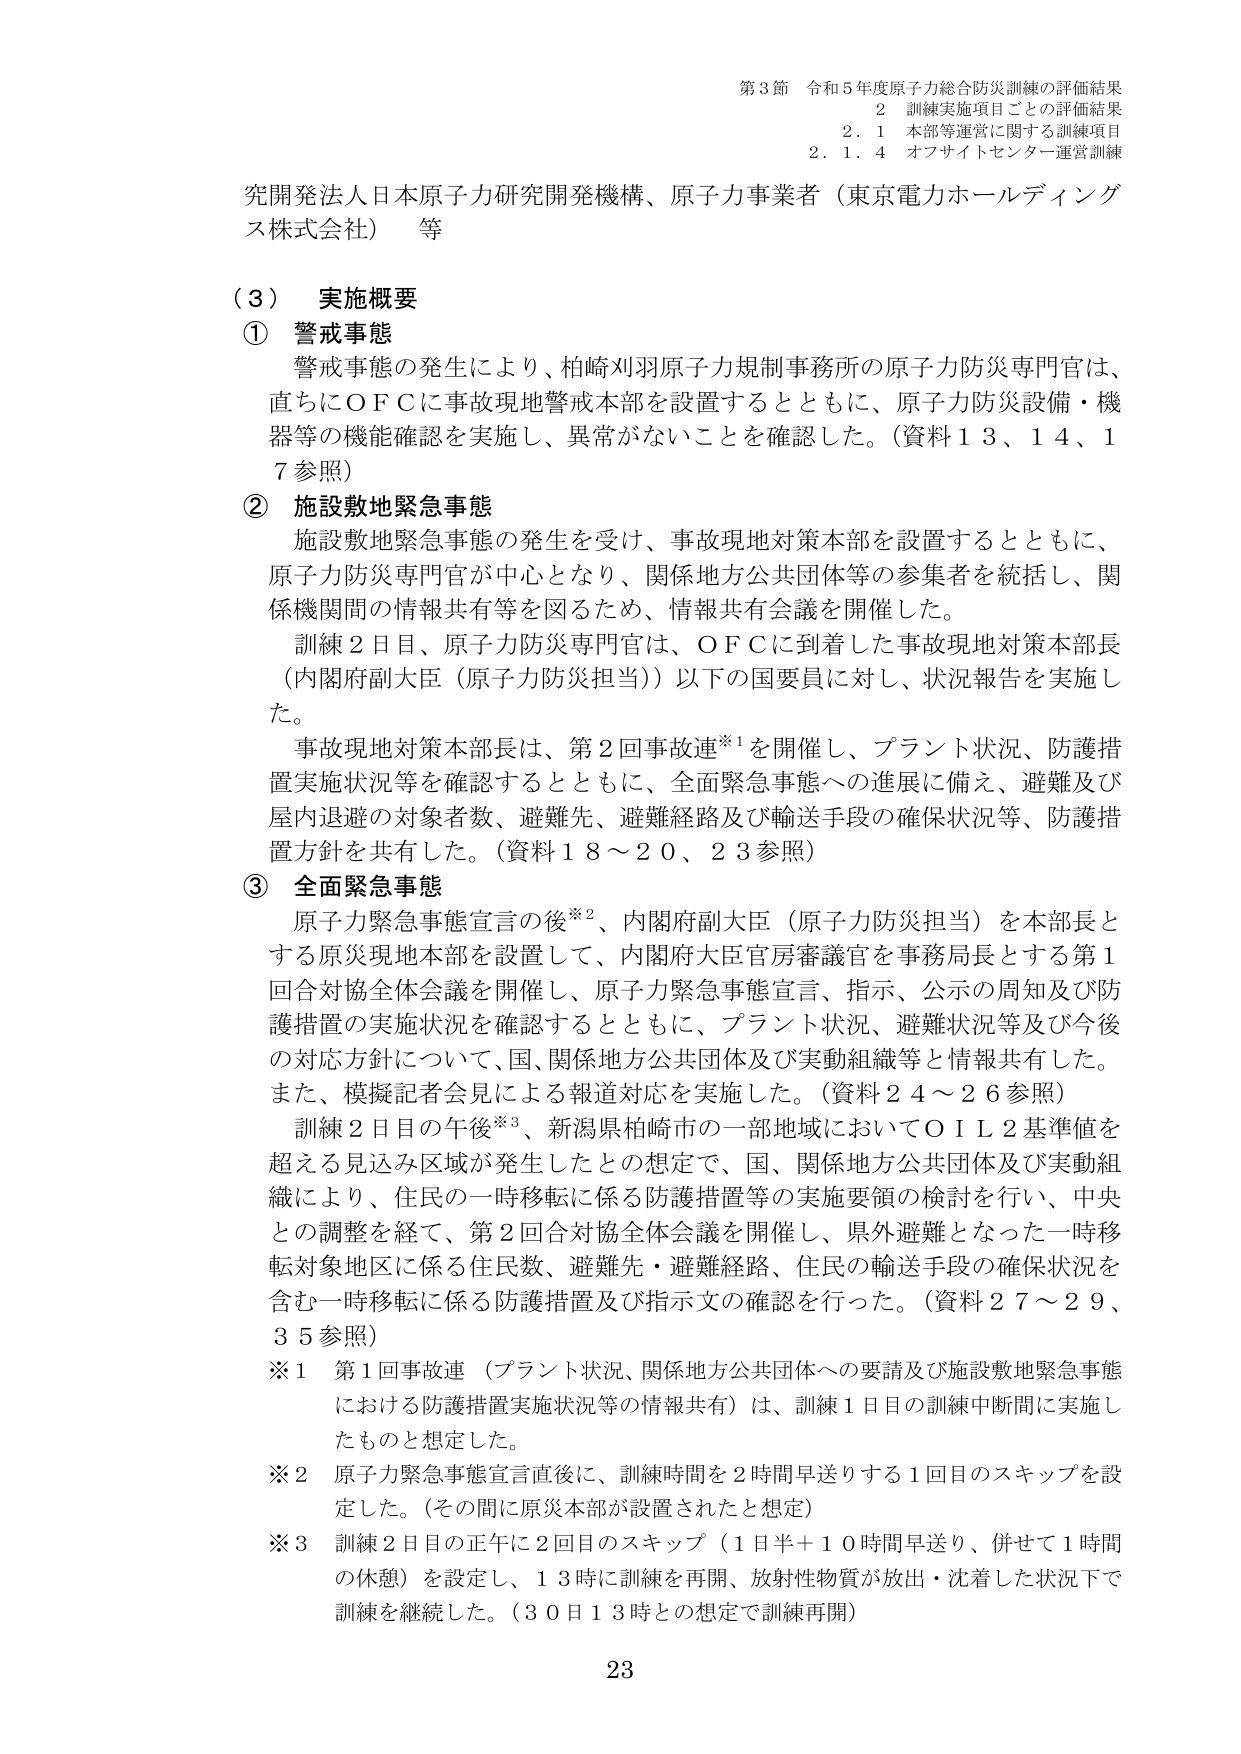
第3節 令和5年度原子力総合防災訓練の評価結果
2 訓練実施項目ごとの評価結果
2.1 本部等運営に関する訓練項目
2.1.4 オフサイトセンター運営訓練

究開発法人日本原子力研究開発機構、原子力事業者（東京電力ホールディングス株式会社）等

（3） 実施概要
① 警戒事態
警戒事態の発生により、柏崎刈羽原子力規制事務所の原子力防災専門官は、直ちにＯＦＣに事故現地警戒本部を設置するとともに、原子力防災設備・機器等の機能確認を実施し、異常がないことを確認した。（資料13、14、17参照）

② 施設敷地緊急事態
施設敷地緊急事態の発生を受け、事故現地対策本部を設置するとともに、原子力防災専門官が中心となり、関係地方公共団体等の参集者を統括し、関係機関間の情報共有等を図るため、情報共有会議を開催した。
訓練2日目、原子力防災専門官は、ＯＦＣに到着した事故現地対策本部長（内閣府副大臣（原子力防災担当））以下の国要員に対し、状況報告を実施した。
事故現地対策本部長は、第2回事故連※1を開催し、プラント状況、防護措置実施状況等を確認するとともに、全面緊急事態への進展に備え、避難及び屋内退避の対象者数、避難先、避難経路及び輸送手段の確保状況等、防護措置方針を共有した。（資料18～20、23参照）

③ 全面緊急事態
原子力緊急事態宣言の後※2、内閣府副大臣（原子力防災担当）を本部長とする原災現地本部を設置して、内閣府大臣官房審議官を事務局長とする第1回合対協全体会議を開催し、原子力緊急事態宣言、指示、公示の周知及び防護措置の実施状況を確認するとともに、プラント状況、避難状況等及び今後の対応方針について、国、関係地方公共団体及び実動組織等と情報共有した。また、模擬記者会見による報道対応を実施した。（資料24～26参照）
訓練2日目の午後※3、新潟県柏崎市の一部地域においてＯＩＬ2基準値を超える見込み区域が発生したとの想定で、国、関係地方公共団体及び実動組織により、住民の一時移転に係る防護措置等の実施要領の検討を行い、中央との調整を経て、第2回合対協全体会議を開催し、県外避難となった一時移転対象地区に係る住民救、避難先・避難経路、住民の輸送手段の確保状況を含む一時移転に係る防護措置及び指示文の確認を行った。（資料27～29、35参照）

※1 第1回事故連（プラント状況、関係地方公共団体への要請及び施設敷地緊急事態における防護措置実施状況等の情報共有）は、訓練1日目の訓練中断間に実施したものと想定した。
※2 原子力緊急事態宣言直後に、訓練時間を2時間早送りする1回目のスキップを設定した。（その間に原災本部が設置されたと想定）
※3 訓練2日目の正午に2回目のスキップ（1日半＋10時間早送り、併せて1時間の休憩）を設定し、13時に訓練を再開、放射性物質が放出・沈着した状況下で訓練を継続した。（30日13時との想定で訓練再開）

23